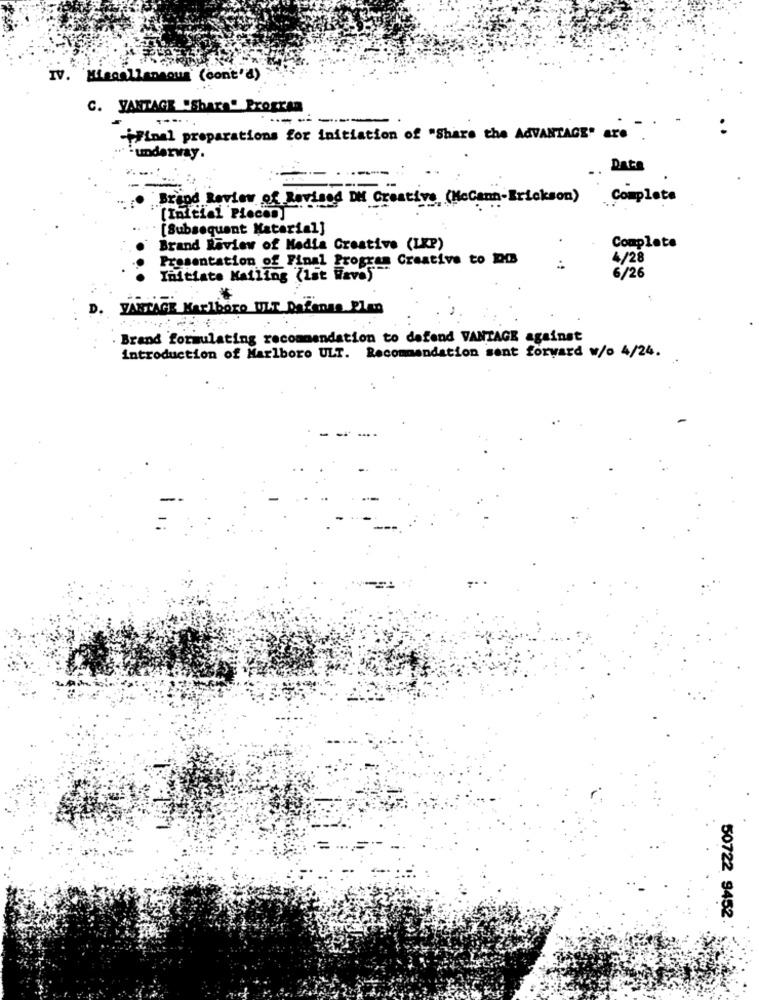
IV. Miscellaneous (cont'd)
C. VANTAGE "Shara" Program
--- ---
-"Final preparations for initiation of "Share the AdVANTAGE" are
·underway.
Date
--
---
Brand Review of Revised IN Creative (McCann-Erickson)
Complete
[Initial Piecon]
[Subsequent Material]
Brand Räview of Media Creative (LKP)
Complete
Presentation of Final Program Creative to OB
4/28
Initiate Mailing (Lat Have5
6/26
PARTAGE Marlboro WLT hafensa Plan
Brand formulating recommandation to defend VANTAGE against
introduction of Marlboro ULT. Recommendation sent forward w/o 4/24.
50722 9452